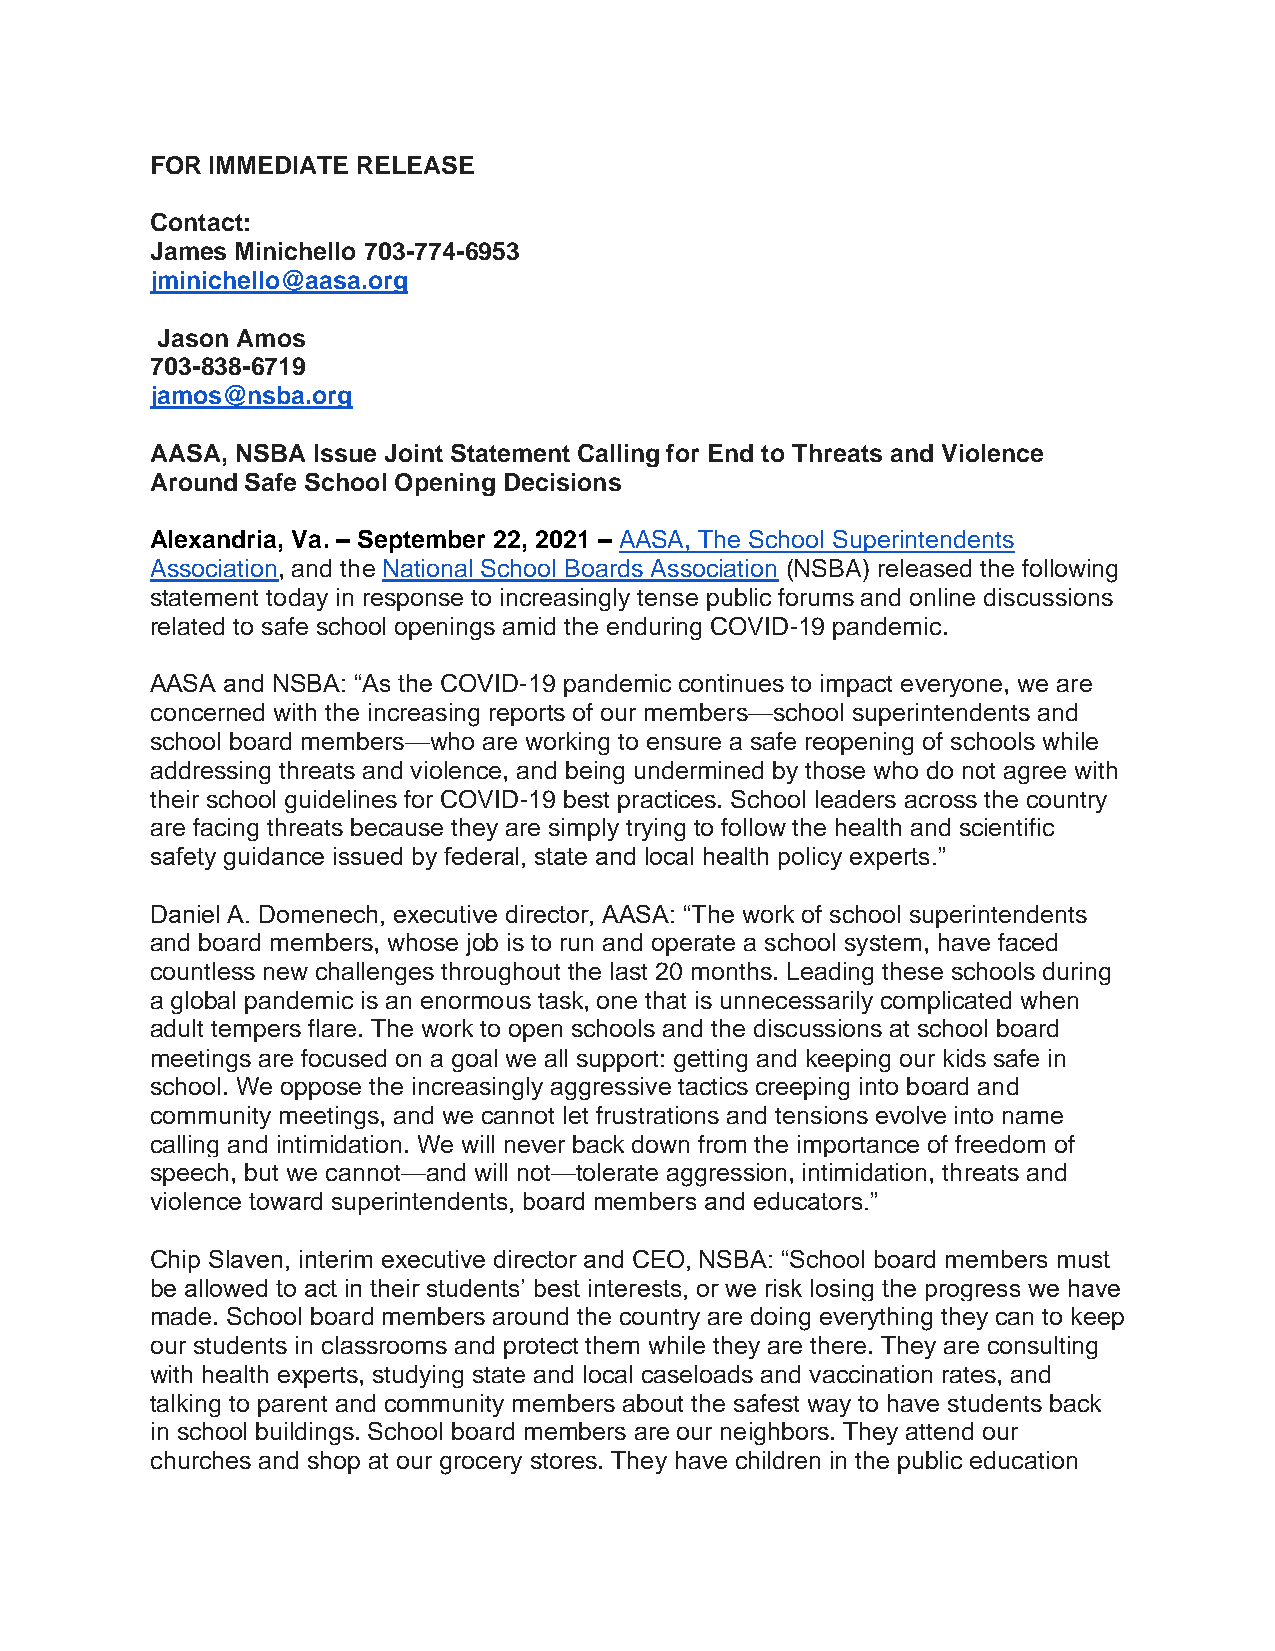
FOR IMMEDIATE RELEASE
 Contact:
 James Minichello 703-774-6953
 jminichello@aasa.org
 Jason Amos
 703-838-6719
 jamos@nsba.org
 AASA, NSBA Issue Joint Statement Calling for End to Threats and Violence
 Around Safe School Opening Decisions
 Alexandria, Va. – September 22, 2021 – AASA, The School Superintendents
 Association, and the National School Boards Association (NSBA) released the following
 statement today in response to increasingly tense public forums and online discussions
 related to safe school openings amid the enduring COVID-19 pandemic.
 AASA and NSBA: “As the COVID-19 pandemic continues to impact everyone, we are
 concerned with the increasing reports of our members—school superintendents and
 school board members—who are working to ensure a safe reopening of schools while
 addressing threats and violence, and being undermined by those who do not agree with
 their school guidelines for COVID-19 best practices. School leaders across the country
 are facing threats because they are simply trying to follow the health and scientific
 safety guidance issued by federal, state and local health policy experts.”
 Daniel A. Domenech, executive director, AASA: “The work of school superintendents
 and board members, whose job is to run and operate a school system, have faced
 countless new challenges throughout the last 20 months. Leading these schools during
 a global pandemic is an enormous task, one that is unnecessarily complicated when
 adult tempers flare. The work to open schools and the discussions at school board
 meetings are focused on a goal we all support: getting and keeping our kids safe in
 school. We oppose the increasingly aggressive tactics creeping into board and
 community meetings, and we cannot let frustrations and tensions evolve into name
 calling and intimidation. We will never back down from the importance of freedom of
 speech, but we cannot—and will not—tolerate aggression, intimidation, threats and
 violence toward superintendents, board members and educators.”
 Chip Slaven, interim executive director and CEO, NSBA: “School board members must
 be allowed to act in their students’ best interests, or we risk losing the progress we have
 made. School board members around the country are doing everything they can to keep
 our students in classrooms and protect them while they are there. They are consulting
 with health experts, studying state and local caseloads and vaccination rates, and
 talking to parent and community members about the safest way to have students back
 in school buildings. School board members are our neighbors. They attend our
 churches and shop at our grocery stores. They have children in the public education